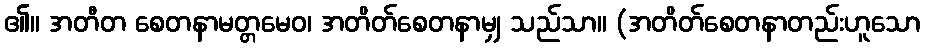
၏။ အတီတ စေတနာမတ္တမေဝ၊ အတိတ်စေတနာမျှ သည်သာ။ (အတိတ်စေတနာတည်းဟူသော